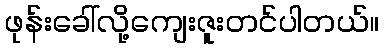
ဖုန်းခေါ်လို့ကျေးဇူးတင်ပါတယ်။